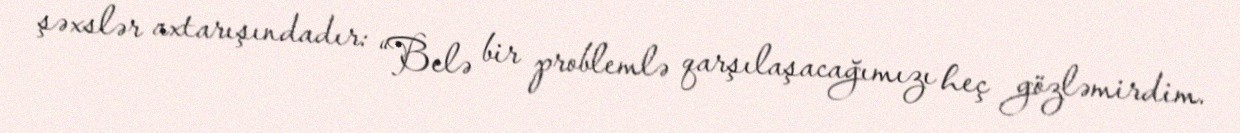
şəxslər axtarışındadır: “Belə bir problemlə qarşılaşacağımızı heç gözləmirdim.